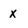
Character: x